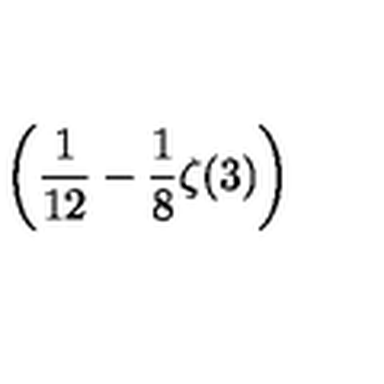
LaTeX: \displaystyle \left( \frac { 1 } { 1 2 } - \frac { 1 } { 8 } \zeta ( 3 ) \right)